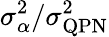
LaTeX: \sigma_{\alpha}^{2}/\sigma_{\mathrm{QPN}}^{2}